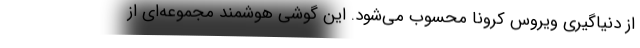
از دنیاگیری ویروس کرونا محسوب می‌شود. این گوشی هوشمند مجموعه‌ای از